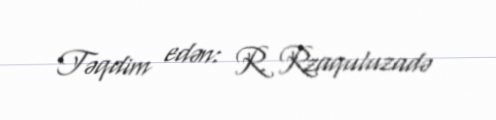
Təqdim edən: R. Rzaquluzadə